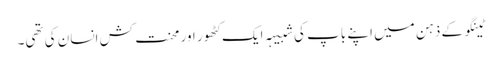
ٹینگو کے ذہن میں اپنے باپ کی شبیہہ ایک کٹھور اور محنت کش انسان کی تھی۔